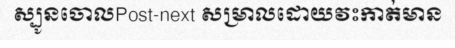
ស្បូនចោលPost-next សម្រាលដោយវះកាត់មាន